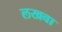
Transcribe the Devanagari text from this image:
लखवा